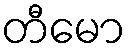
တီမော